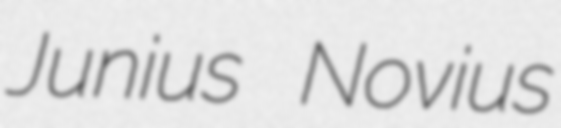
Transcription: Junius Novius